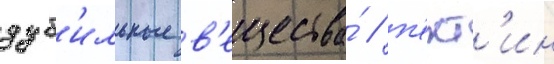
дуб'ильные в'ещества́ / п'ект'ин